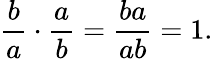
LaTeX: {\frac{b}{a}}\cdot{\frac{a}{b}}={\frac{ba}{ab}}=1.